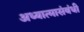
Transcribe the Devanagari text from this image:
अध्यात्मासंबंधी